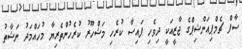
ސާފް ޗެމްޕިއަންޝިޕްގެ ޖާޒީއަކީ ދިވެހި ފައިސާ ކުރެހި މަޝްހޫރު ކުރެހުންތެރިޔާ މުހައްމަދު ނަޝާތު